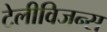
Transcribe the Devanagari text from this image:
टेलीविजन्स